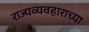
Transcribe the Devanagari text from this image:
राज्यव्यवहाराच्या